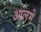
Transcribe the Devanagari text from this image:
आलमे